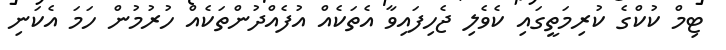
ޓިމް ކުކްގެ ކުރިމަތީގައި ކެވެލި ޖެހިފައިވާ އެތަކެއް އުފެއްދުންތަކެއް ހުރުމުން ހަމަ އެކަނި